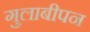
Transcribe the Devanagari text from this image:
गुलाबीपन